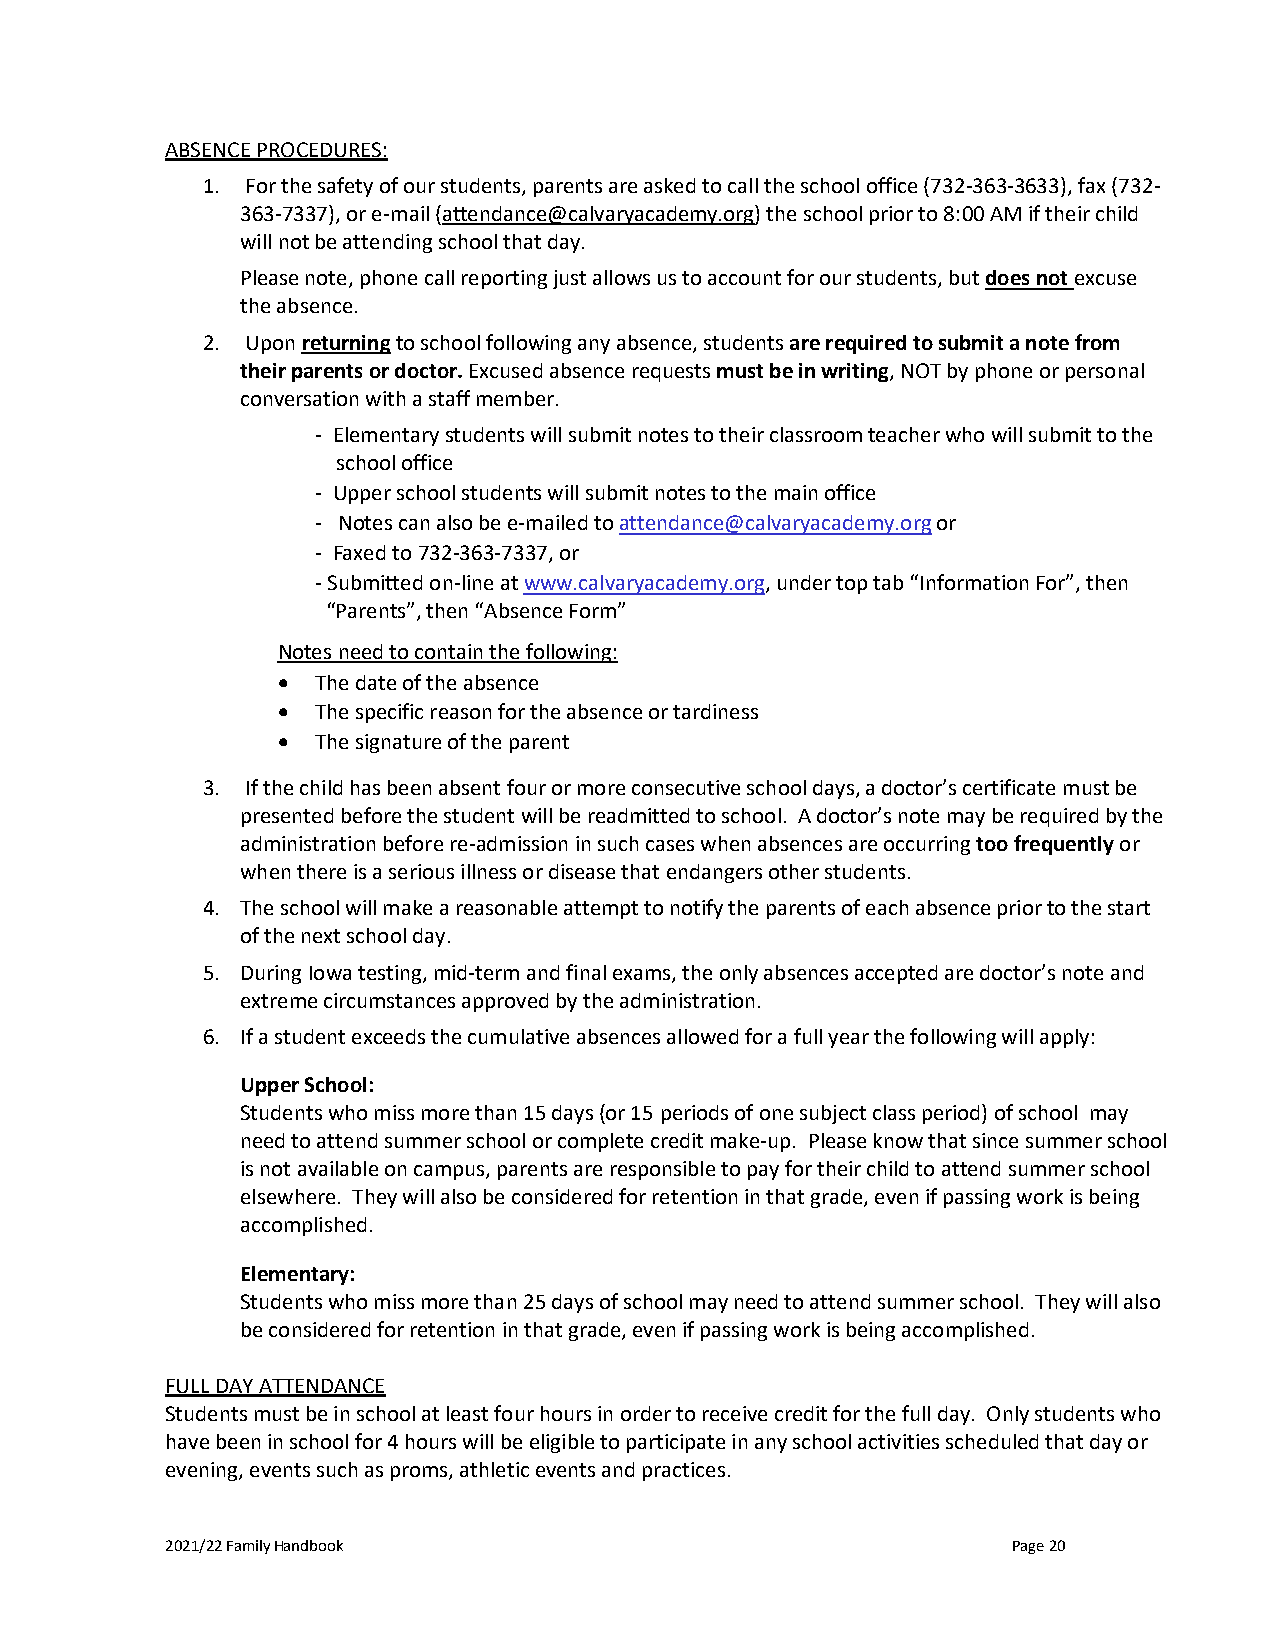
ABSENCE PROCEDURES:
 1. For the safety of our students, parents are asked to call the school office (732-363-3633), fax (732-
 363-7337), or e-mail (attendance@calvaryacademy.org) the school prior to 8:00 AM if their child
 will not be attending school that day.
 Please note, phone call reporting just allows us to account for our students, but does not excuse
 the absence.
 2. Upon returning to school following any absence, students are required to submit a note from
 their parents or doctor. Excused absence requests must be in writing, NOT by phone or personal
 conversation with a staff member.
 - Elementary students will submit notes to their classroom teacher who will submit to the
 school office
 - Upper school students will submit notes to the main office
 - Notes can also be e-mailed to attendance@calvaryacademy.org or
 - Faxed to 732-363-7337, or
 - Submitted on-line at www.calvaryacademy.org, under top tab “Information For”, then
 “Parents”, then “Absence Form”
 Notes need to contain the following:
 •  The date of the absence
 •  The specific reason for the absence or tardiness
 •  The signature of the parent
 3. If the child has been absent four or more consecutive school days, a doctor’s certificate must be
 presented before the student will be readmitted to school. A doctor’s note may be required by the
 administration before re-admission in such cases when absences are occurring too frequently or
 when there is a serious illness or disease that endangers other students.
 4. The school will make a reasonable attempt to notify the parents of each absence prior to the start
 of the next school day.
 5. During Iowa testing, mid-term and final exams, the only absences accepted are doctor’s note and
 extreme circumstances approved by the administration.
 6. If a student exceeds the cumulative absences allowed for a full year the following will apply:
 Upper School:
 Students who miss more than 15 days (or 15 periods of one subject class period) of school may
 need to attend summer school or complete credit make-up. Please know that since summer school
 is not available on campus, parents are responsible to pay for their child to attend summer school
 elsewhere. They will also be considered for retention in that grade, even if passing work is being
 accomplished.
 Elementary:
 Students who miss more than 25 days of school may need to attend summer school. They will also
 be considered for retention in that grade, even if passing work is being accomplished.
 FULL DAY ATTENDANCE
 Students must be in school at least four hours in order to receive credit for the full day. Only students who
 have been in school for 4 hours will be eligible to participate in any school activities scheduled that day or
 evening, events such as proms, athletic events and practices.
 2021/22 Family Handbook                                 Page 20